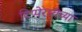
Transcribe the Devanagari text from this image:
टिप्पेरारीच्या